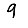
Digit: 9